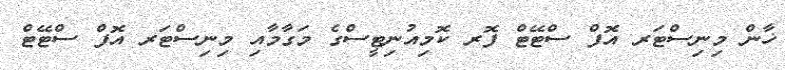
ޚާން މިނިސްޓަރ އޮފް ސްޓޭޓް ފޮރ ކޮމިއުނިޓީސްގެ މަގާމާއި މިނިސްޓަރ އޮފް ސްޓޭޓް